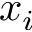
x _ { i }